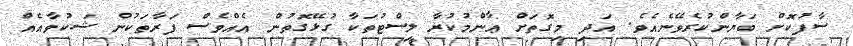
ސާފުކޮށް ބަޔާންކުރެވޭނެއެވެ. އަދި މިގޮތަށް ޢާންމުކުރާ ލިސްޓުތަކާ ގުޅޭގޮތުން އެއްވެސް ފަރާތަކުން ޝަކުވާއެއް